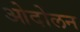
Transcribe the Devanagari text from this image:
ओदोलन